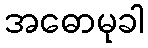
အဓောမုခါ